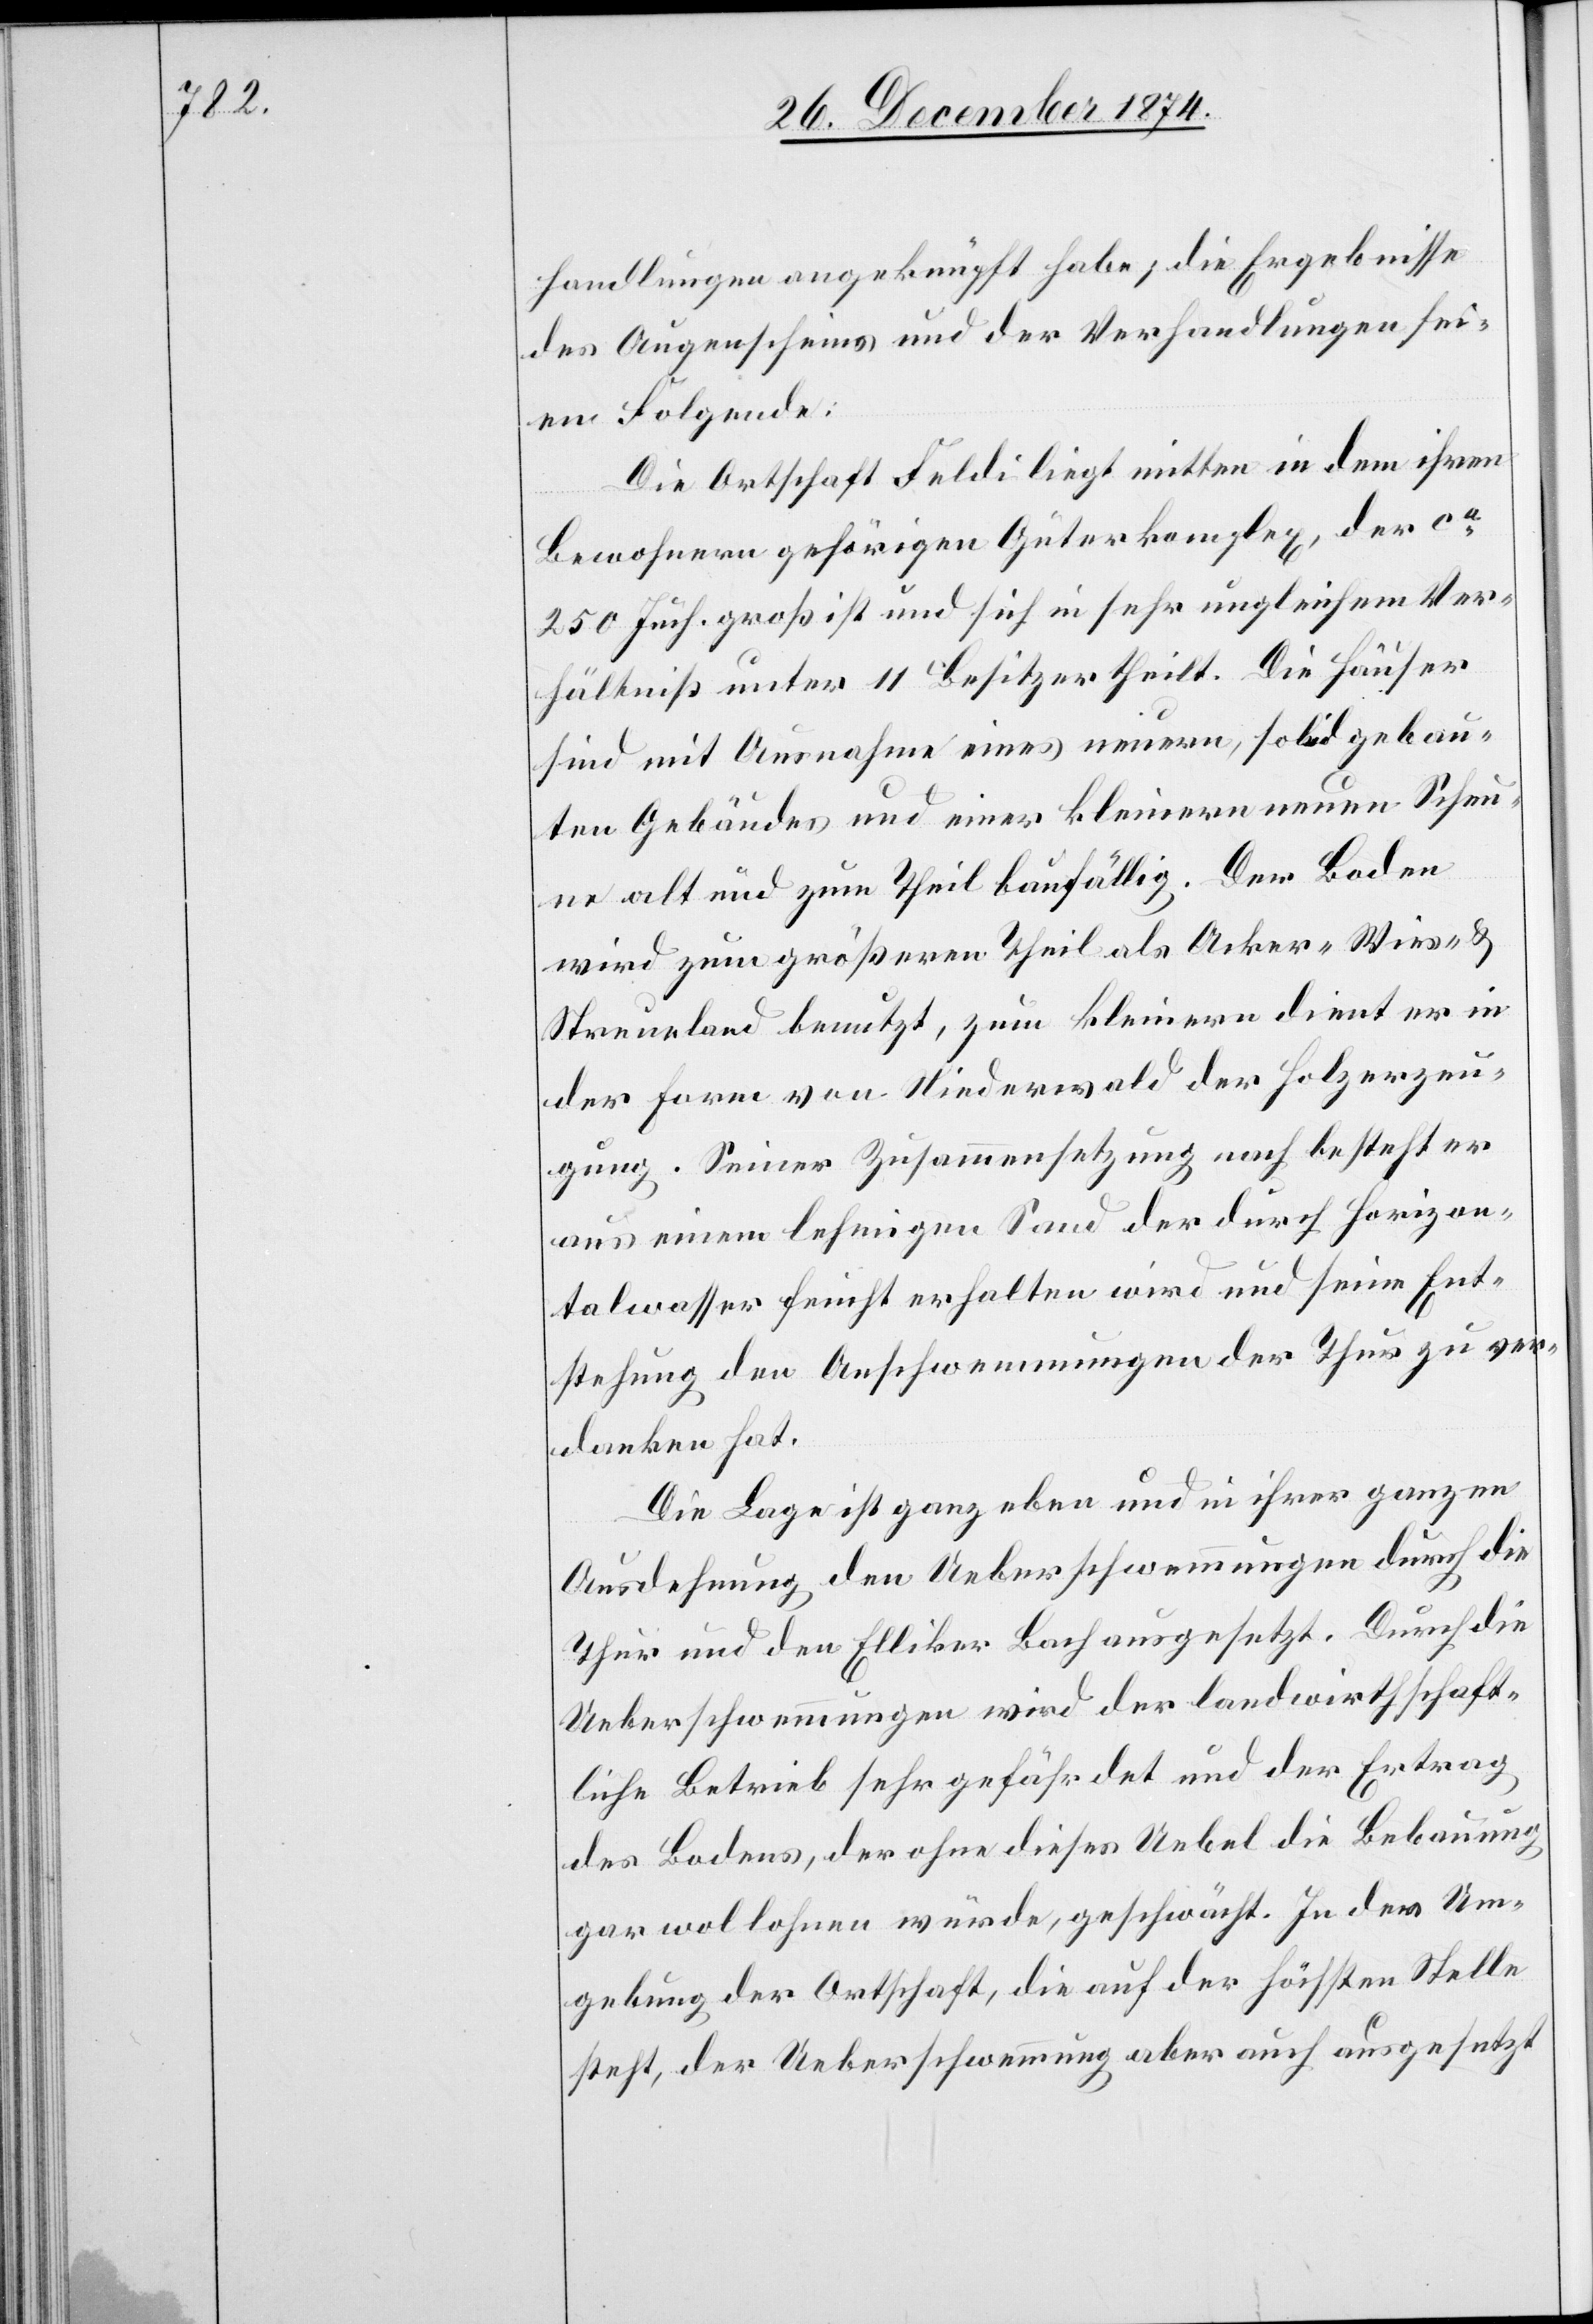
handlungen angeknüpft habe; die Ergebnisse
des Augenscheins und der Verhandlungen sei¬
en Folgende:
Die Ortschaft Feldi liegt mitten in dem ihren
Bewohnern gehörigen Güterkomplex, der ca
250 Juch. groß ist und sich in sehr ungleichem Ver¬
hältniß unter 11 Besitzer theilt. Die Häuser
sind mit Ausnahme eines neuern, solid gebau¬
ten Gebäudes und einer kleinern neuen Scheun¬
e alt und zum Theil baufällig. der Boden
wird zum größeren Theil als Acker-[,] Wies- &
Streueland benutzt, zum kleinern dient er in
der Form von Niederwald der Holzerzeu¬
gung. Seiner Zusammensetzung nach besteht er
aus einem lehmigen Sand der durch Horizon¬
talwasser feucht erhalten wird und seine Ent¬
stehung den Anschwemmungen der Thur zu ver¬
danken hat.
Die Lage ist ganz eben und in ihrer ganzen
Ausdehnung den Ueberschwemmungen durch die
Thur und den Elliker Bach ausgesetzt. Durch die
Ueberschwemmungen wird der landwirtschaft¬
liche Betrieb sehr gefährdet und der Ertrag
des Bodens, der ohne dieses Uebel die Bebauung
gar wol lohnen würde, geschwächt. In der Um¬
gebung der Ortschaft, die auf der höchsten Stelle
steht, der Ueberschwemmung aber auch ausgesetzt